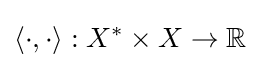
\langle \cdot ,\cdot \rangle :X^{*}\times X\to \mathbb {R}